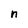
Character: n